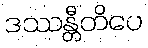
ဒဿန္တီတိပေ